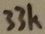
Text: 33K